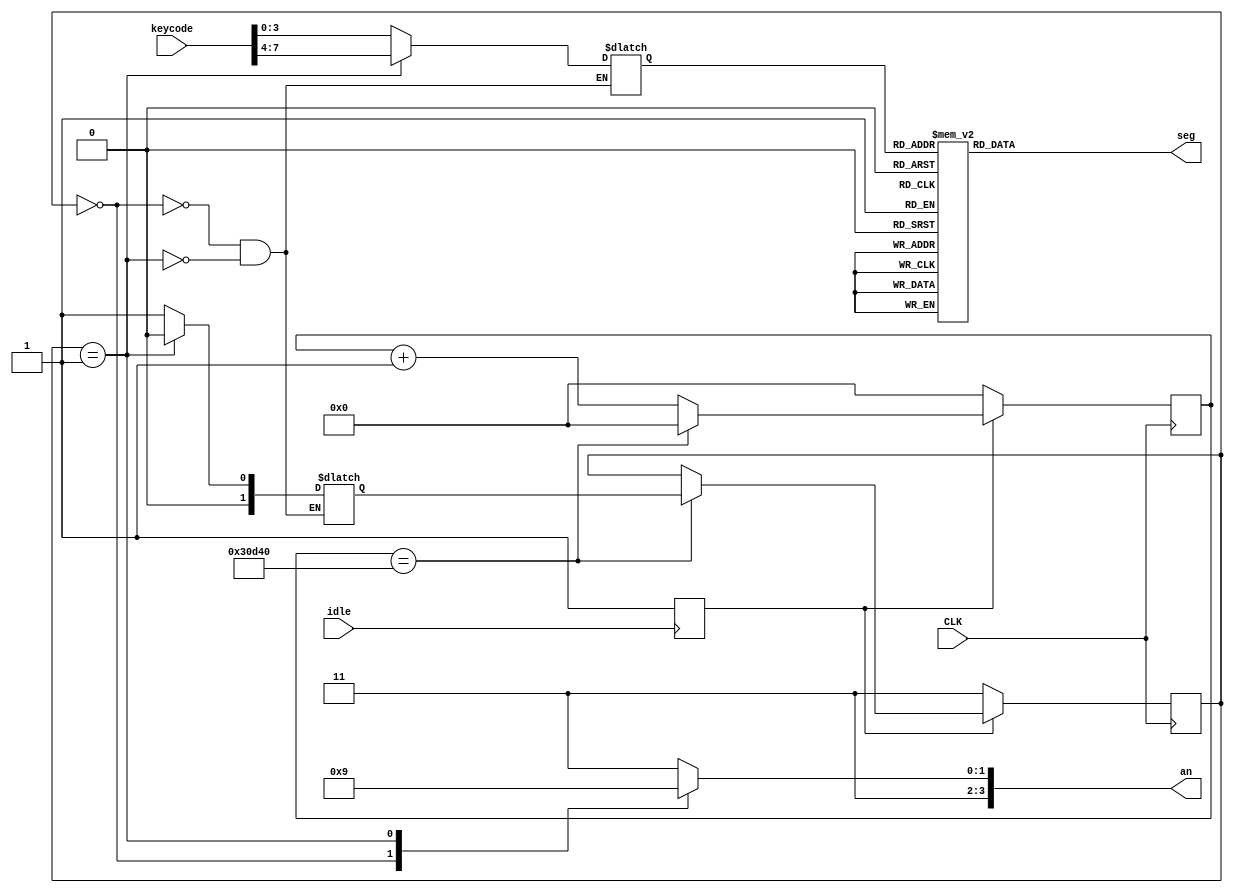
`define digit0 keycode[3:0]
`define digit1 keycode[7:4]
`define digitTime 200000 //should b 200000 for board testing

module sevenSeg(CLK, idle, keycode, an, seg);
input [7:0]keycode;
input CLK, idle;
output reg [3:0] an;
output reg[6:0] seg;

reg start;


reg [1:0]state, nextState;
reg [17:0]counter;
reg [3:0] display;

initial
begin
state = 0;
counter = 0;
{an, seg} = 11'b11111111111;
start = 0;
end

always @(negedge idle)
begin
start = 1;
end

always @(posedge CLK)
begin
    if (!start)
    begin
        state <= 3;
        counter <= 0;
    end
    else    
    begin 
        if (counter == `digitTime)
        begin
            counter <= 0;
            state <= nextState;
        end
        else
        begin
            counter <= counter + 1;
            state <= state;
        end
    end
end

always @(state)
begin
    case(state)
        0:	begin
                an <= 4'b1110;
                nextState <= 1;
                display <= `digit0;
            end
        1:	begin
                an <= 4'b1101;
                nextState <= 0;
                display <= `digit1;
            end
        default:    begin
                        an <= 4'b1111;
                        nextState <= nextState;
                        display <= display;
                    end
    endcase
    case(display)
        0:	seg <= 7'b1000000;
        1:	seg <= 7'b1111001;
        2:	seg <= 7'b0100100;
        3:	seg <= 7'b0110000;
        4:	seg <= 7'b0011001;
        5:	seg <= 7'b0010010;
        6:	seg <= 7'b0000010;
        7:	seg <= 7'b1111000;
        8:	seg <= 7'b0000000;
        9:	seg <= 7'b0010000;
        10: seg <= 7'b0001000;
        11: seg <= 7'b0000011;
        12: seg <= 7'b1000110;
        13: seg <= 7'b0100001;
        14: seg <= 7'b0000110;
        15: seg <= 7'b0001110;
        default: seg <= 7'b1010101;
    endcase
end

endmodule